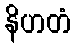
နိဟတံ